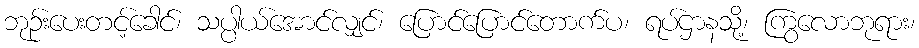
ဘုဉ်းပေးတင့်ခေါင်၊ သပ္ပါယ်အောင်လျှင်၊ ပြောင်ပြောင်တောက်ပ၊ ရပ်ဌာနသို့၊ ကြွလောဘုရား၊